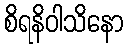
စိရနိဝါသိနော